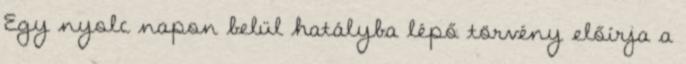
Egy nyolc napon belül hatályba lépő törvény előírja a